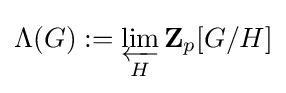
\Lambda (G):=\varprojlim _{H}\mathbf {Z} _{p}[G/H]